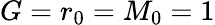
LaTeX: G=r_{0}=M_{0}=1